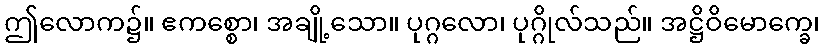
ဤလောက၌။ ဧကစ္စော၊ အချို့သော။ ပုဂ္ဂလော၊ ပုဂ္ဂိုလ်သည်။ အဋ္ဌိဝိမောက္ခေ၊